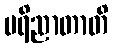
ပရိညာတာတိ